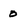
Character: o